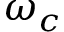
\omega _ { c }